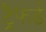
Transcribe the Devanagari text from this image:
ट्रैफर्ढ